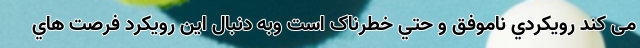
می کند رويكردي ناموفق و حتي خطرناک است وبه دنبال اين رويكرد فرصت هاي